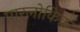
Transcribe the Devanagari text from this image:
पारलोकिक